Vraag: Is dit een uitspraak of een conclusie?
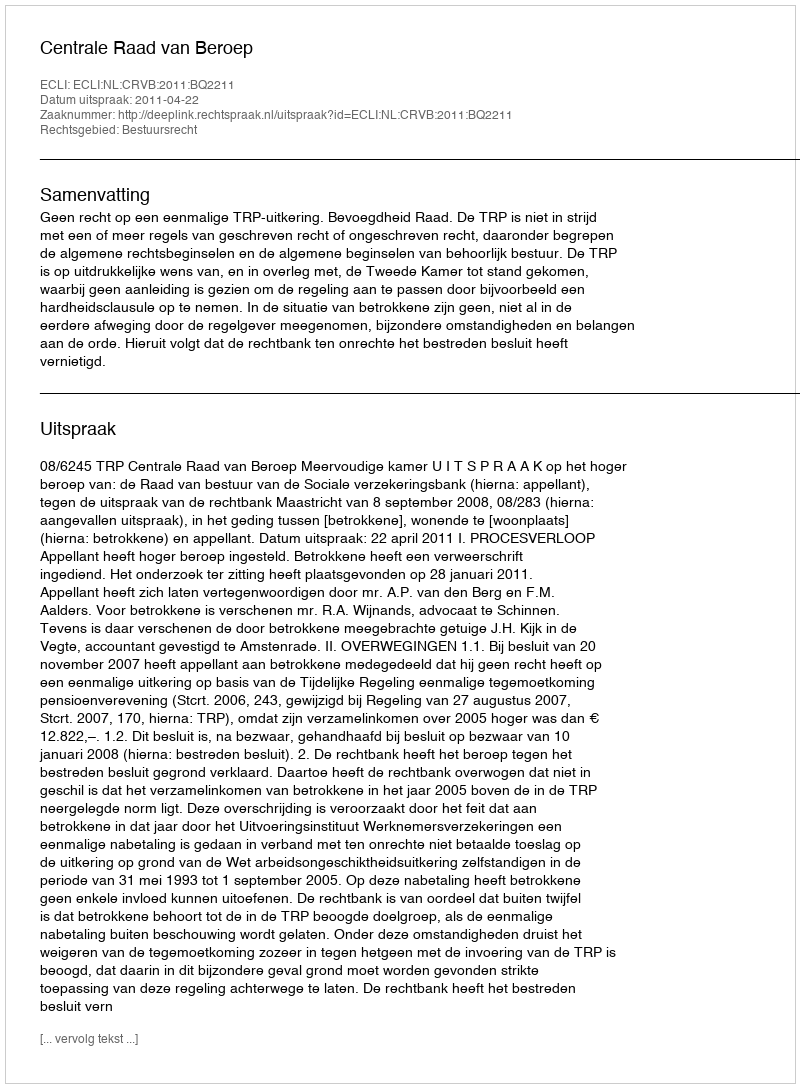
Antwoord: Uitspraak